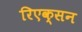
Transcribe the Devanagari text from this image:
रिएक्सन